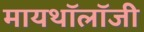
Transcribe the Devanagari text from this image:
मायथॉलॉजी